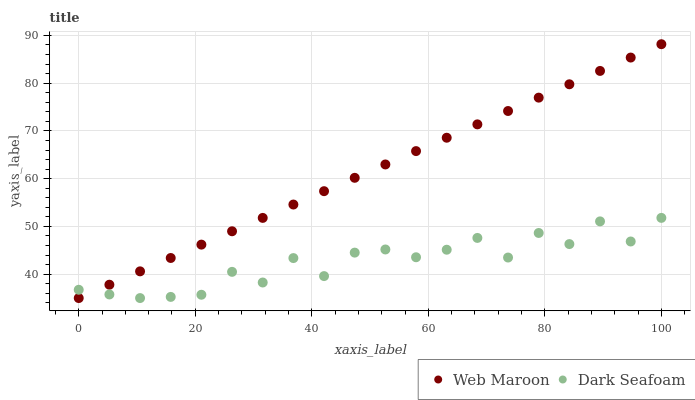
| xaxis_label | Web Maroon | Dark Seafoam |
 | --- | --- | --- |
 | 0 | 35 | 36.7 |
 | 5.26 | 37.8 | 35.8 |
 | 10.5 | 40.6 | 35 |
 | 15.8 | 43.4 | 35.2 |
 | 21.1 | 46.2 | 35.7 |
 | 26.3 | 49 | 40.5 |
 | 31.6 | 51.8 | 38.3 |
 | 36.8 | 54.6 | 43.4 |
 | 42.1 | 57.4 | 39.6 |
 | 47.4 | 60.2 | 44.5 |
 | 52.6 | 63 | 45.2 |
 | 57.9 | 65.8 | 43.5 |
 | 63.2 | 68.6 | 45.1 |
 | 68.4 | 71.4 | 47.6 |
 | 73.7 | 74.2 | 43.5 |
 | 78.9 | 77 | 48.6 |
 | 84.2 | 79.8 | 46.3 |
 | 89.5 | 82.6 | 51.1 |
 | 94.7 | 85.4 | 46.8 |
 | 100 | 88.2 | 51.8 |